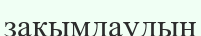
зақымдаудың